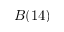
B ( 1 4 )